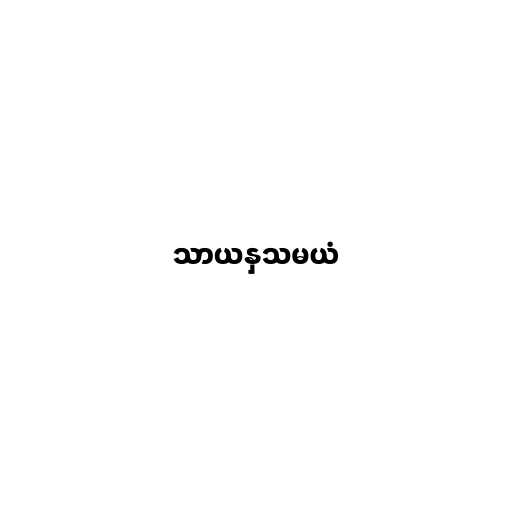
သာယနှသမယံ